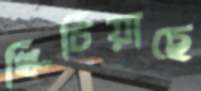
খিঁচিয়াছে